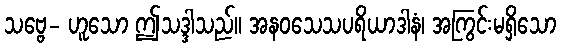
သဗ္ဗေ- ဟူသော ဤသဒ္ဒါသည်။ အနဝသေသပရိယာဒါနံ၊ အကြွင်းမရှိသော